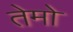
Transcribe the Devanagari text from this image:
तेमो